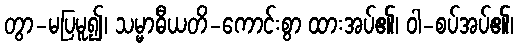
တွာ-မပြမူ၍၊ သမ္မာဓီယတိ-ကောင်းစွာ ထားအပ်၏၊ ဝါ-စပ်အပ်၏၊